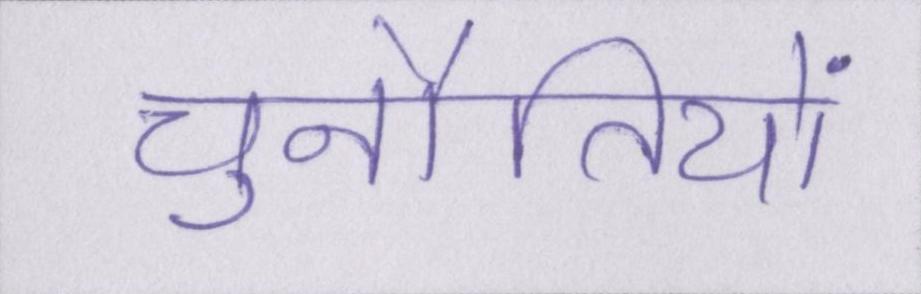
चुनौतियों